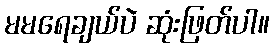
မမရေချယ်ပဲ ဆုံးဖြတ်ပါ။